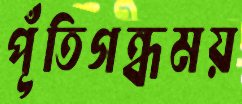
পূঁতিগন্ধময়